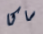
ساكا